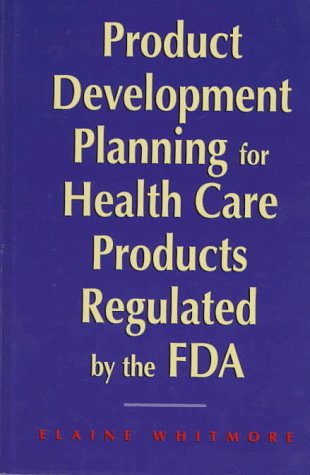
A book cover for Product Development Planning for Health Care Products Regulated by the FDA; Elaine Whitmore; Law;